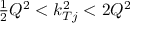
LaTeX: \textstyle { \frac { 1 } { 2 } } Q ^ { 2 } < k _ { T j } ^ { 2 } < 2 Q ^ { 2 }